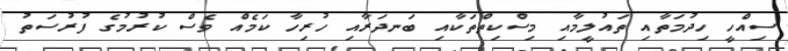
ސިއްހީ ހިދުމަތާއި ތައުލީމާއި މިސްކިތްތަކާއި ބަނދަރާއި ހުރިހާ ކަމެއް ވެސް ކުރުމުގެ ފުރުސަތު